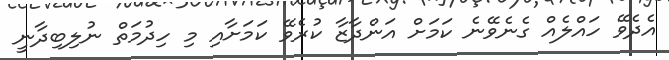
އެދެވޭ ހައްލެއް ގެނެވޭނެ ކަމަށް އަންދާޒާ ކުރެވޭ ކަމަށާއި މި ހިދުމަތް ނުލިބިދާނީ